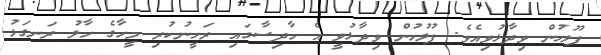
ފުލުހުން ވިދާޅުވިއެވެ. ފުލުހުން ވިދާޅުވީ އެ ހާދިސާގައި ރަހީނުކުރި މީހާގެ ހާލު ރަނގަޅު